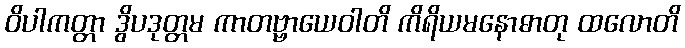
ဝိပါကတ္တာ ဒွိပဒုတ္တမ ကာတဗ္ဗာယေဝါတိ ကိရိယမနောဓာတု ထလောတိ